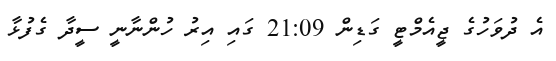
އެ ދުވަހުގެ ޖީއެމްޓީ ގަޑިން 21:09 ގައި އިރު ހުންނާނީ ސީދާ ގެފުޅާ